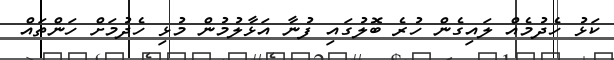
ކަޅު ހެދުމެއް ލައިގެން ހުރެ ބޮލުގައި ފުނާ އަޅާލުމުން މުޅި ހެދުމަށް ހަންތައް